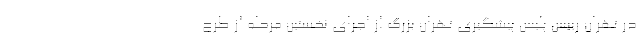
در تهران رییس پلیس پیشگیری تهران بزرگ از اجرای نخستین مرحله از طرح